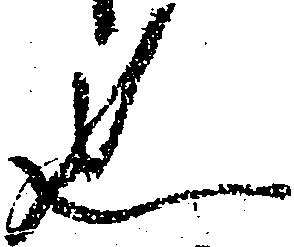
也